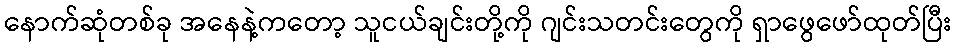
နောက်ဆုံတစ်ခု အနေနဲ့ကတော့ သူငယ်ချင်းတို့ကို ဂျင်းသတင်းတွေကို ရှာဖွေဖော်ထုတ်ပြီး